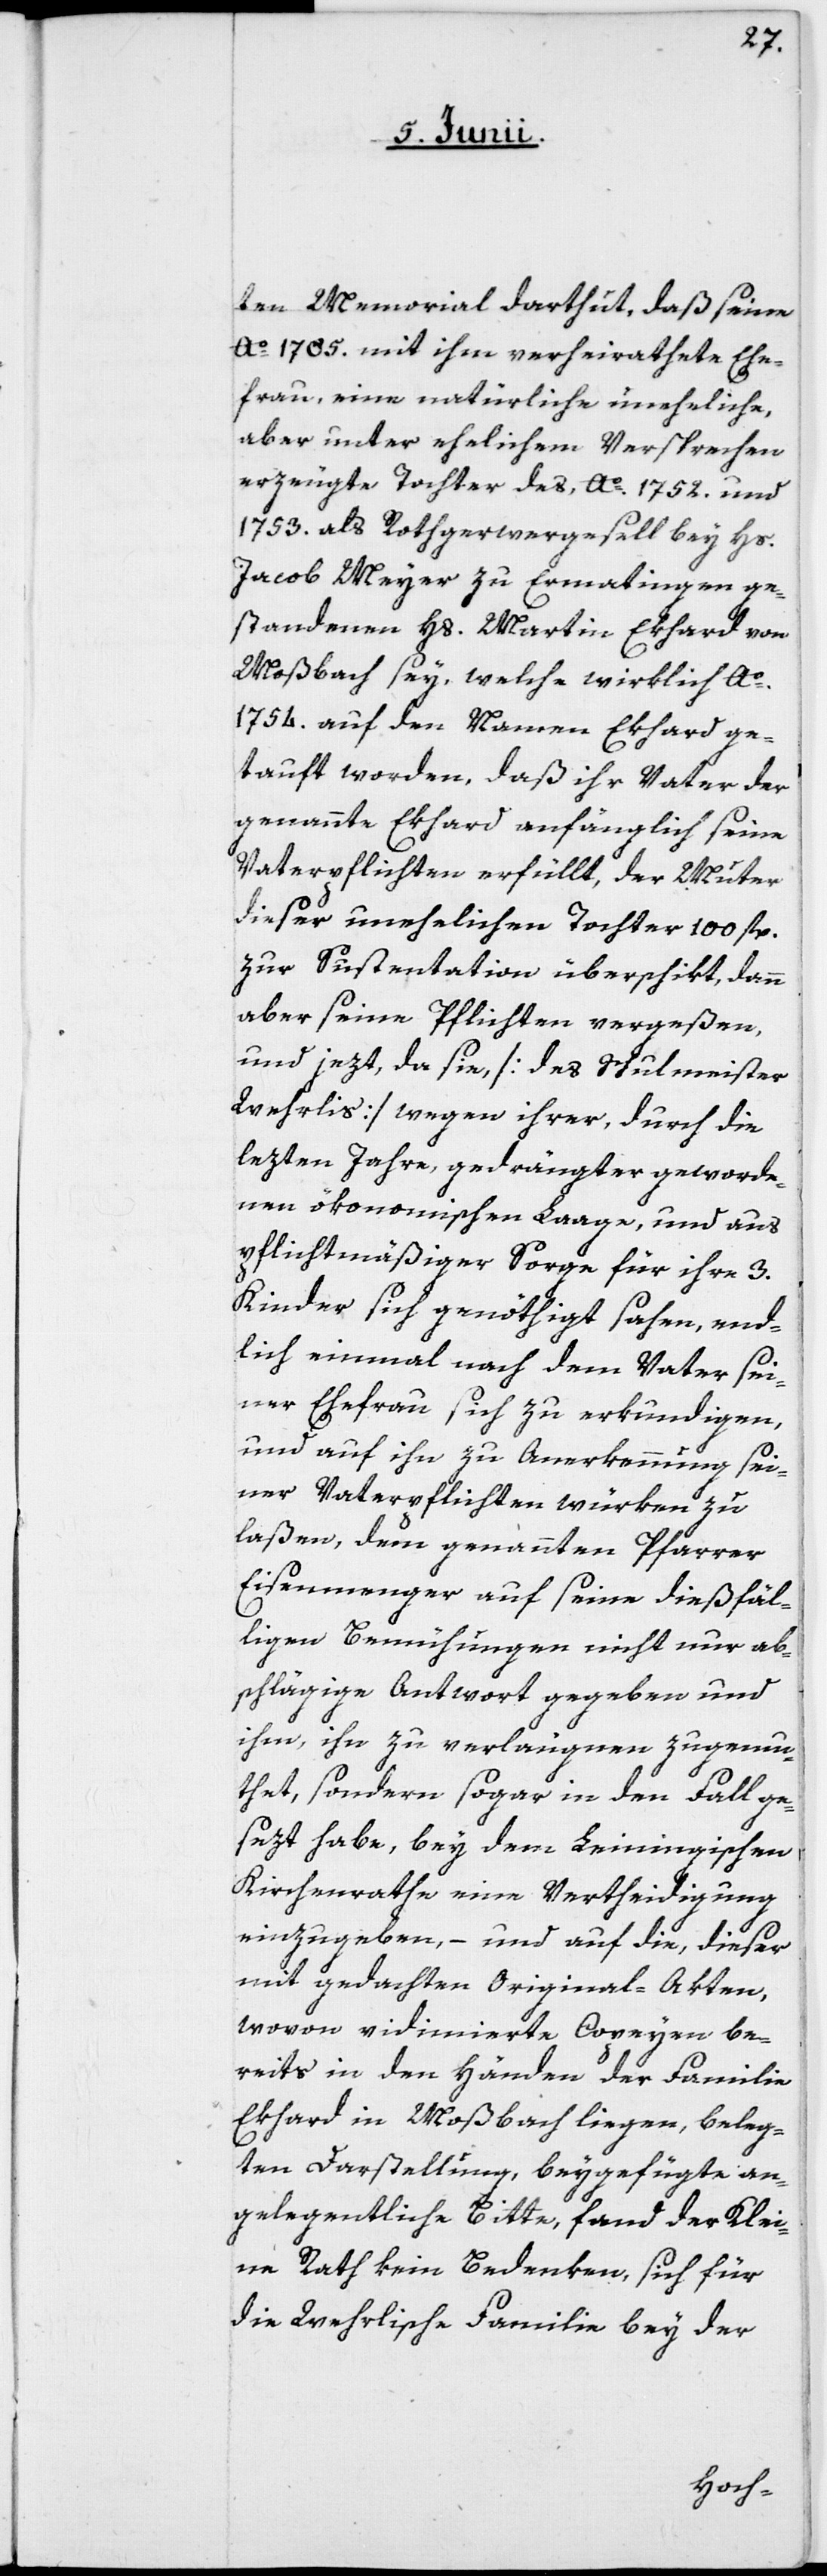
ten Memorial darthut, daß seine
Ao 1785. mit ihm verheirathete Ehe¬
frau, eine natürliche uneheliche,
aber unter ehelichem Versprechen
erzeugte Tochter des Ao 1752. und
1753 als Rothgerwergesell bey Hs.
Jacob Meyer zu Ermatingen ge¬
standenen Hs. Martin Ekhard von
Moßbach sey, welche wirklich Ao
1754. auf den Namen Ekhard ge¬
tauft worden, daß ihr Vater der
genannte Ekhard anfänglich seine
Vaterpflichten erfüllt, der Muter
dieser unehelichen Tochter 100 fl.
zur Suspentation überschikt, dann
aber seine Pflichten vergeßen,
und jezt, da sie [des Schulmeister
Wehrlis] wegen ihrer, durch die
lezten Jahre, gedrängter geworde¬
nen ökonomischen Laage, und aus
pflichtmäßiger Sorge für ihre 3.
Kinder sich genöthigt sahen, end¬
lich einmal nach dem Vater sei¬
ner Ehefrau sich zu erkundigen,
und auf ihn zu Anerkennung sei¬
ner Vaterpflichten würken zu
laßen, dem genannten Pfarrer
Eisenmenger auf seine dießfäl¬
ligen Bemühungen nicht nur ab¬
schlägige Antwort gegeben und
ihm, ihn zu verleugnen zugemu¬
thet, sondern sogar in den Fall ge¬
sezt habe, bey dem Leiningischen
Kirchenrathe eine Vertheidigung
einzugeben, – und auf die, dieser
mit gedachten Original-Akten,
wovon vidimierte Copeyen be¬
reits in den Händen der Familie
Ekhard in Moßbach liegen, beleg¬
ten Darstellung, beygefügte an¬
gelegentliche Bitte, fand der Klei¬
ne Rath kein Bedenken, sich für
die Wehrlische Familie bey der